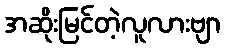
အဆိုးမြင်တဲ့လူလားဗျာ